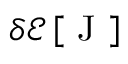
\delta \mathcal { E } \left[ \mathrm { ~ J ~ } \right]